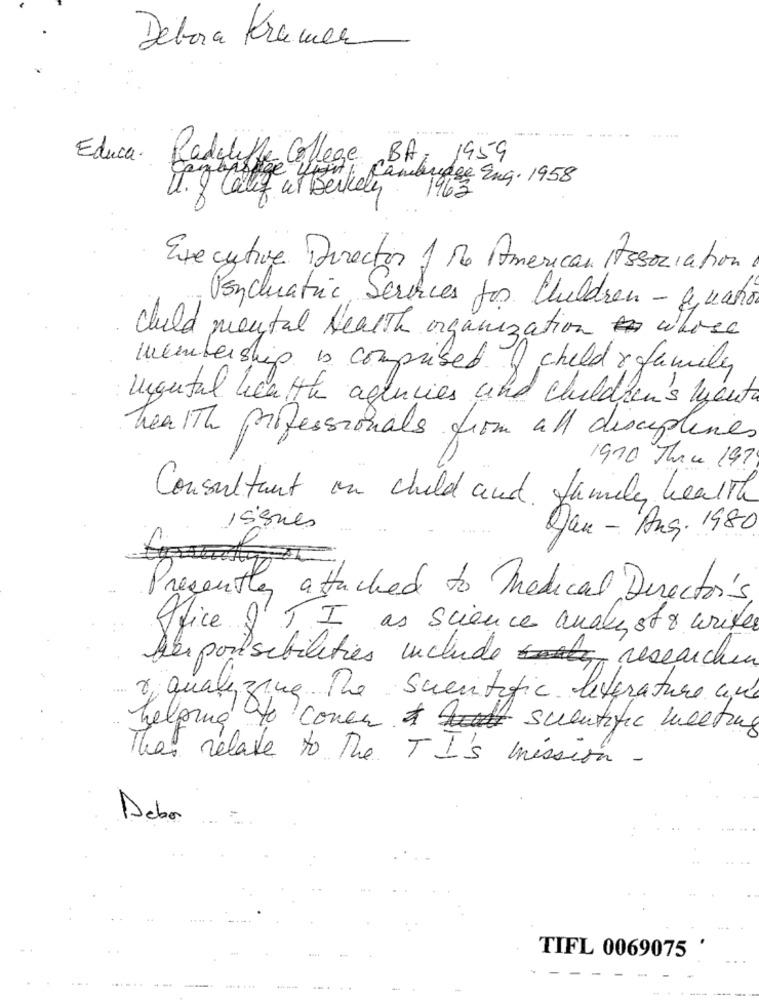
Debora Kramer
Educa.
Radcliffe College BA 1959
pyopsige Light, Cambridge Eng. 1958
U. I Calif ut Berkeley
1963
Executive Director 1 de American Association
Psychiatric Services for Children - quanto
could mental health organization whose
membership is comprised of childrefamily
ungutal health agencies und Children's heute
health professionals from all disciplines
1970 Thre 197
Consultant on child and family health
Issues
Dan - Ans. 1980
Presently attached to Medical Director's,
Office & TI as science analyst a writer
Der possibilities include researcher
equalizing The scientific literature une
helping to cover A suentific meeting
The relate to The TI's mission -
Debo
TIFL 0069075
..